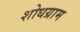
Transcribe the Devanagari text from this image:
शोधग्राम